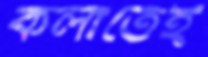
কলাতেই